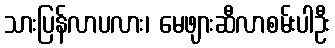
သားပြန်လာပလား၊ မေဖျားဆီလာစမ်းပါဦး